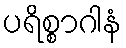
ပရိစ္စာဂါနံ